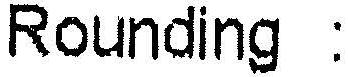
ROUNDING :